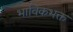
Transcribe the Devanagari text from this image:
भाविकभक्त